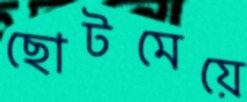
ছোটমেয়ে